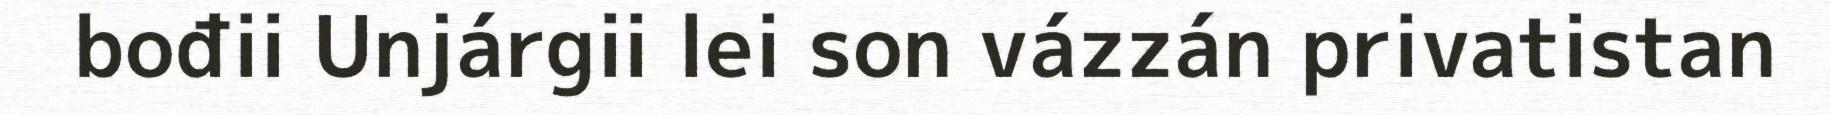
bođii Unjárgii lei son vázzán privatistan